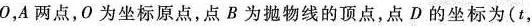
O，A两点，O为坐标原点，点B为抛物线的顶点，点D的坐标为(t，